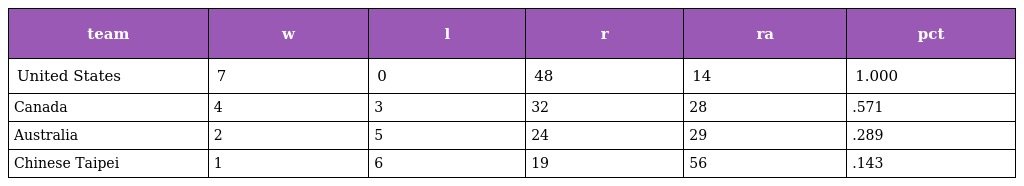
| team | w | l | r | ra | pct |
 | --- | --- | --- | --- | --- | --- |
 | United States | 7 | 0 | 48 | 14 | 1.000 |
 | Canada | 4 | 3 | 32 | 28 | .571 |
 | Australia | 2 | 5 | 24 | 29 | .289 |
 | Chinese Taipei | 1 | 6 | 19 | 56 | .143 |